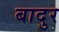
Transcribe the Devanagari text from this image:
बादुर